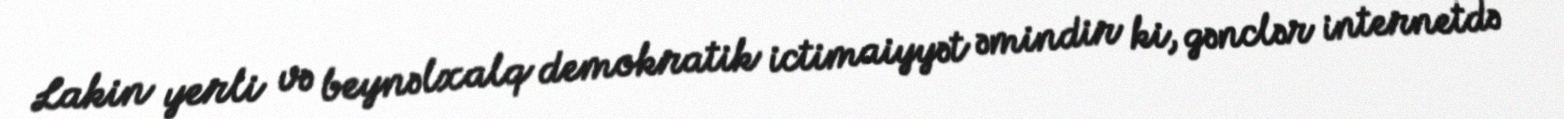
Lakin yerli və beynəlxalq demokratik ictimaiyyət əmindir ki, gənclər internetdə